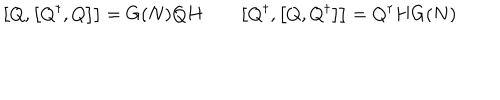
LaTeX: \bigl [ Q , \bigl [ Q ^ { \dagger } , Q \bigr ] \bigr ] = G ( N ) Q H \qquad \bigl [ Q ^ { \dagger } , \bigl [ Q , Q ^ { \dagger } \bigr ] \bigr ] = Q ^ { \dagger } H G ( N )